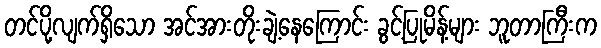
တင်ပို့လျက်ရှိသော အင်အားတိုးချဲ့နေကြောင်း ခွင့်ပြုမိန့်များ ဘူတာကြီးက